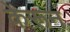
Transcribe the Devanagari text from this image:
केरून